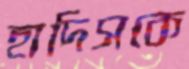
হাদিসকে